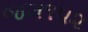
જલ૧૫૨